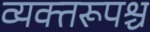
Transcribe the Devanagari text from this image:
व्यक्तरूपश्च